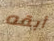
أبقه